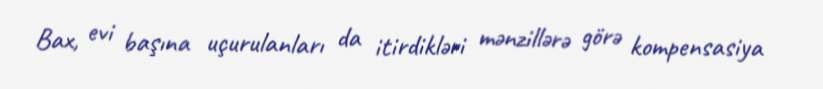
Bax, evi başına uçurulanları da itirdikləri mənzillərə görə kompensasiya